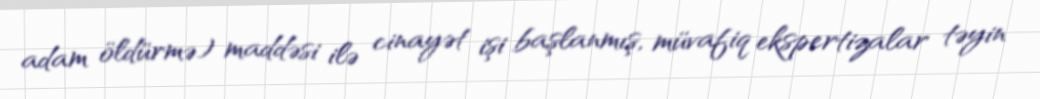
adam öldürmə) maddəsi ilə cinayət işi başlanmış, müvafiq ekspertizalar təyin